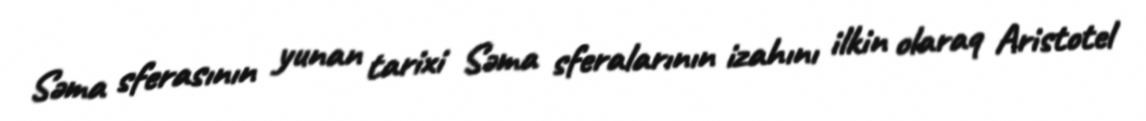
Səma sferasının yunan tarixi Səma sferalarının izahını ilkin olaraq Aristotel